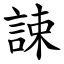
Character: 誎